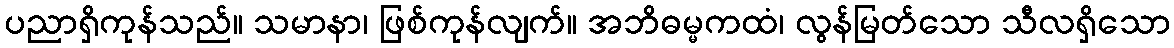
ပညာရှိကုန်သည်။ သမာနာ၊ ဖြစ်ကုန်လျက်။ အဘိဓမ္မကထံ၊ လွန်မြတ်သော သီလရှိသော